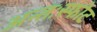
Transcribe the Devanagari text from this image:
अन्तःस्फोट